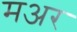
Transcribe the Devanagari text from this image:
मअर